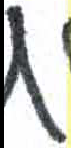
אות: ת